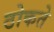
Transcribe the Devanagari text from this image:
ठोकते